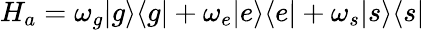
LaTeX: H_{a}=\omega_{g}|g\rangle\langle g|+\omega_{e}|e\rangle\langle e|+\omega_{s}|s\rangle\langle s|